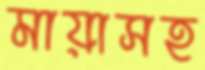
মায়াসহ